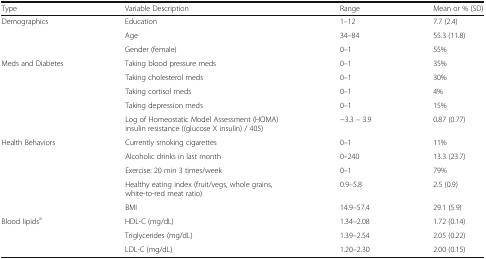
| Type | Variable Description | Range | Mean or % (SD) |
 | --- | --- | --- | --- |
 | <ROWSPAN=3> Demographics | Education | 1–12 | 7.7 (2.4) |
 | Age | 34–84 | 55.3 (11.8) |
 | Gender (female) | 0–1 | 55% |
 | <ROWSPAN=5> Meds and Diabetes | Taking blood pressure meds | 0–1 | 35% |
 | Taking cholesterol meds | 0–1 | 30% |
 | Taking cortisol meds | 0–1 | 4% |
 | Taking depression meds | 0–1 | 15% |
 | Log of Homeostatic Model Assessment (HOMA) insulin resistance ((glucose X insulin) / 405) | −3.3 – 3.9 | 0.87 (0.77) |
 | <ROWSPAN=5> Health Behaviors | Currently smoking cigarettes | 0–1 | 11% |
 | Alcoholic drinks in last month | 0–240 | 13.3 (23.7) |
 | Exercise: 20 min 3 times/week | 0–1 | 79% |
 | Healthy eating index (fruit/vegs, whole grains, white-to-red meat ratio) | 0.9–5.8 | 2.5 (0.9) |
 | BMI | 14.9–57.4 | 29.1 (5.9) |
 | <ROWSPAN=3> Blood lipidsa | HDL-C (mg/dL) | 1.34–2.08 | 1.72 (0.14) |
 | Triglycerides (mg/dL) | 1.39–2.54 | 2.05 (0.22) |
 | LDL-C (mg/dL) | 1.20–2.30 | 2.00 (0.15) |